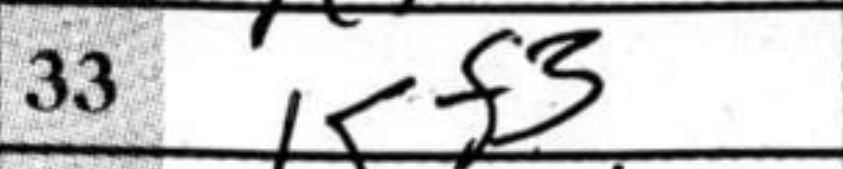
Transcription: Kf3